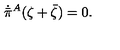
\dot { \bar { \pi } } { } ^ { A } ( \zeta + \bar { \zeta } ) = 0 .